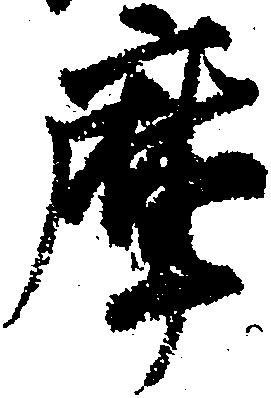
摩